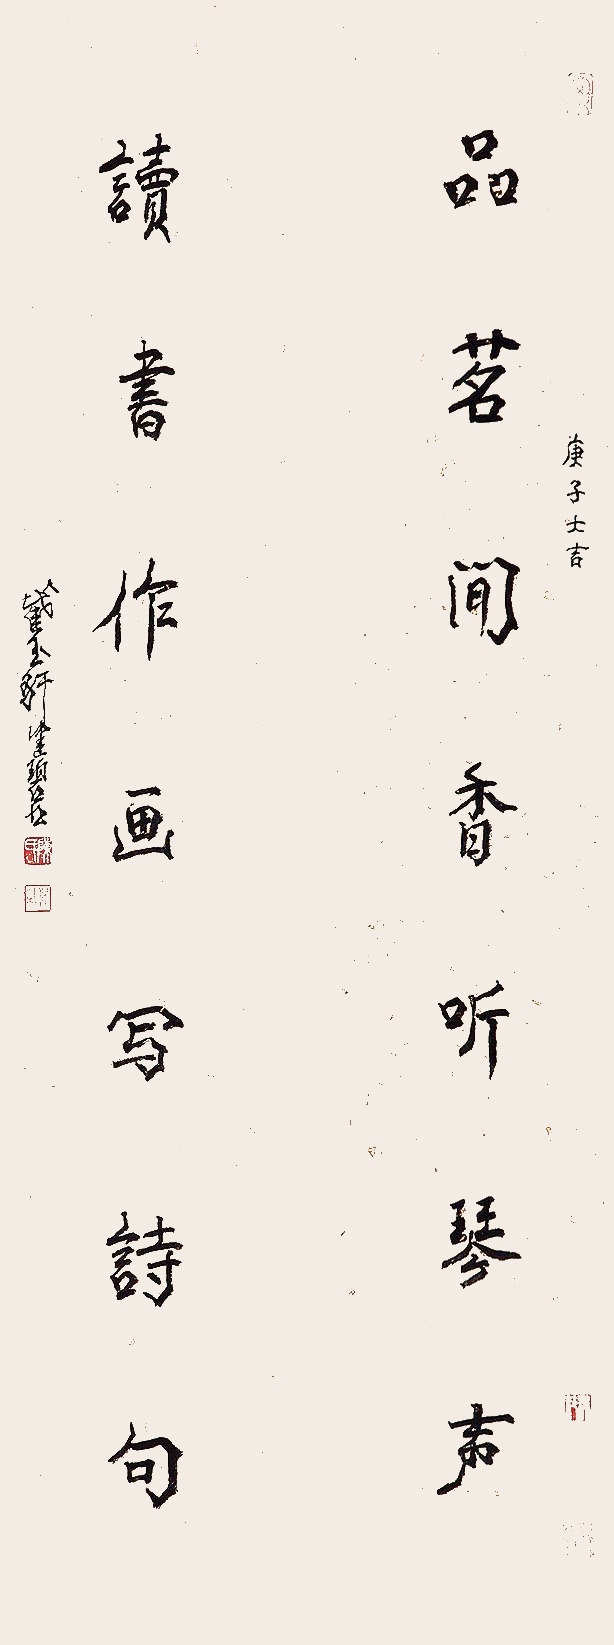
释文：品茗闻香听琴声，读书作画写诗句。庚子大吉，截玉轩健碧书。